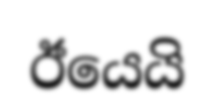
ඊයෙයි